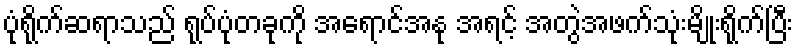
ပုံရိုက်ဆရာသည် ရုပ်ပုံတခုကို အရောင်အနု အရင့် အတွဲအဖက်သုံးမျိုးရိုက်ပြီး